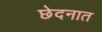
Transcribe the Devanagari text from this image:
छेदनात